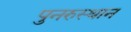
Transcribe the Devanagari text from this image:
पुनरुस्थान